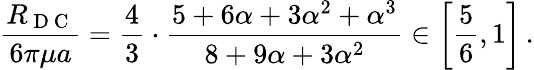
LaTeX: \frac{R_{\mathrm{~D~C~}}}{6\pi\mu a}=\frac{4}{3}\cdot\frac{5+6\alpha+3\alpha^{2}+\alpha^{3}}{8+9\alpha+3\alpha^{2}}\in\left[\frac{5}{6},1\right]\, .